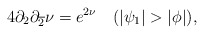
\begin{align*}4\partial_{2} \partial_{\overline{2}}\nu = e^{2\nu}~~~(|\psi_{1}|>|\phi|),\end{align*}